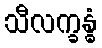
သီလက္ခန္ဓံ